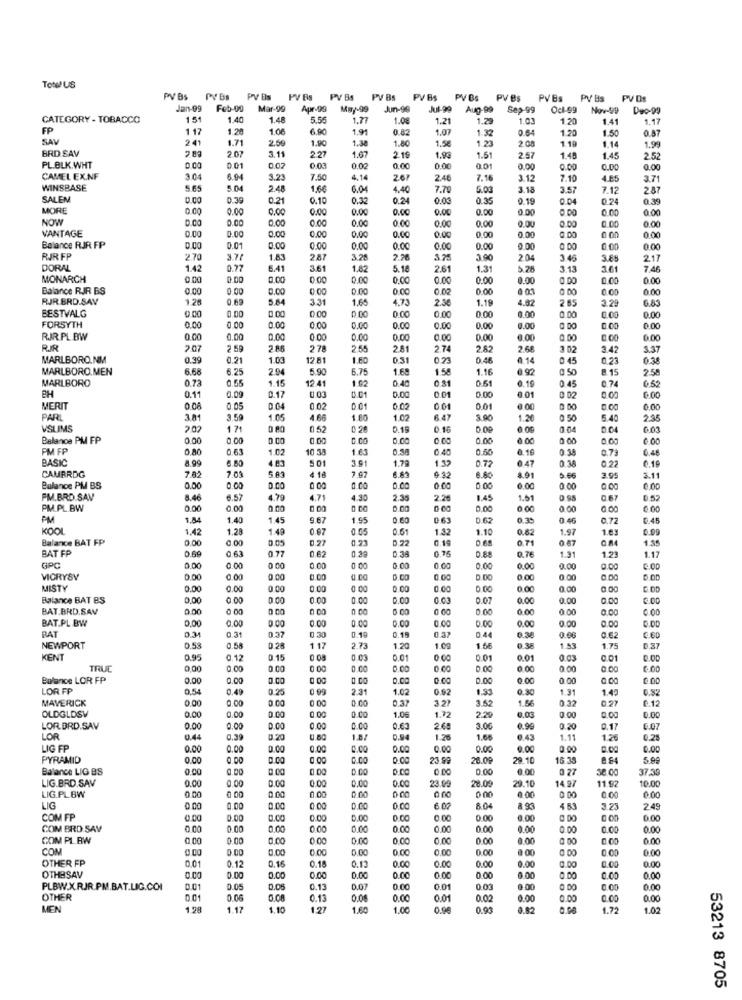
Totel US
PV Bs
PY Bs
PY Bs
PV As
PV Bs
PV Bs
PV Bs
PVBs PV Bs
PV Bs
PV Bs
PVBs
PV Bs
PV Df
Jan-09
Feb-00
Mar-99
Apr-98
May-99
Jun-99
Jul-99
Aug-99
Sep-99
Oct-99
Nov-99
Deo-99
CATEGORY - TOBACCO
151
1.40
1.48
5.56
1.77
1.08
1.21
1.29
1.03
1.20
1.41
1.17
FP
1 17
1.20
1.06
6 90
1.91
0.82
1.07
1.32
0.64
1.20
1.50
0.87
SAV
2.41
1.71
2.50
1.90
1.38
1.80
1.58
1.23
2 08
1.19
BRD SAV
1.14
1.99
280
2.07
3.11
2.27
1.67
216
1.9
1.51
2.57
1.45
1.45
2.52
PL.BLK.WHT
0.00
0 01
0.02
0.03
0.02
0.00
0.00
0.01
0.00
0.00
0.00
0.00
CAMEL EX.NF
3.04
3.23
7.50
4.14
267
2.46
7.16
3.12
7.10
4.85
3.71
WINSBASE
5.65
5.04
2.48
1.66
6.04
4.40
7.70
6.03
3.15
3.57
7.12
287
SALEM
0.39
0.21
0.10
0.32
0.24
0.00
0.35
0.19
0.24
0.39
MORE
0.00
0.00
0,00
0.00
0.00
0.00
0.00
0.00
0.00
0.00
000
NOW
0.00
0.00
0.00
0.00
0.0℃
0.00
0.00
0.00
0.00
0.00
0.0
VANTAGE
0.00
0.00
0.00
0.00
0.00
0.00
0.00
0.00
0.00
0.00
0.00
00
Balance RJR FP
0.00
0.01
0.00
0.00
0.00
0.00
0.00
0.00
0.00
0.00
0.00
RJR FP
2.70
3.77
1.83
2.87
3.28
2.78
3.75
3.90
20
3.46
3.85
217
DORAL
1.42
0.77
6.41
3.61
1.82
5.16
2.61
1.31
5.28
3.13
7.46
MONARCH
0.00
0.00
0.00
0.00
0,00
0.00
0.00
0.00
0.00
Balance RIR BS
0.00
0.00
0.00
0.00
0.02
0.00
0.00
RJR BRD.SAV
1.2
0.69
5.84
3.31
1.65
4.73
2.30
1.19
4.62
2 65
3.29
6.85
BESTVALG
0.00
0.00
0.00
0.00
0.00
0.00
.0.00
0.00
0.00
0.00
0.00
FORSYTH
0.00
0.00
0.00
0.00
0.00
0.00
0.00
0.00
0.00
0.00
0.00
RIR.PL.BW
0.00
0.00
0.00
0.00
0.00
0.00
0.00
9.00
0.00
6.00
RR
2.07
2 59
27ª
2.55
2.81
2.74
2.82
2.68
3 02
3.42
3.37
MARLBORO.NM
0.99
0.21
1.03
12 81
0.31
0.73
0.46
£ 14
0 45
0.23
0.3
MARLBORO.MEN
6.68
6.25
5.90
6.75
1.68
1.58
1.16
6 92
0 50
15
2.58
MARLBORO
0.73
0.55
1.15
12.41
1 92
0.40
0.81
0.51
0.19
0 45
0.74
BH
0.00
0.17
0.03
0.01
0.11
0.01
0.00
0.00
0.01
0 02
0.00
MERIT
0.08
0.05
0 04
0 02
0.02
0.01
0.00
0.00
PAR
381
3.59
1.05
4 66
1.80
1.02
6. 47
3.00
1.20
0 50
5.40
2.35
VSLIMS
202
1 71
0.52
0,20
0.19
0.16
0.00
0.04
Balance PM FP
0.00
0.00
D.CO
D.CO
0.00
0.00
0.00
0.00
PM FP
0.63
1.02
10 38
1.63
0.60
0.10
0.38
0.79
0.48
BASIC
6.50
5.01
3.91
1.79
0 47
0 38
CAMRRDG
7.01
5.83
0.72
0.22
7.82
6.89
6.80
8.91
3.95
5.11
Balance PM BS
0.00
0.00
0.CO
0.00
0.00
6.00
0.00
0.00
FM.BRD.SAV
8.46
6.57
4.79
4.71
4.90
2.35
2*
1.45
1.51
067
0.52
PM.PL.BW
0.00
0.00
0.00
0.CO
0.00
0.00
0 00
0.00
0.00
PM
1.54
1.40
1.45
9.67
1.95
0.60
061
0.62
0.35
0.46
0.72
6.45
KOOL
1.42
1.28
1.49
0.07
0.51
1.32
1.10
0.62
1.97
1.6
Balance BAT FP
0.00
0.00
0.27
D.22
0.14
0.71
1.35
BAT FP
0.63
0.77
0.62
0.75
1.2
1.17
0.69
0.38
0.88
0.76
1.91
GPC
0.00
0.00
0 00
0.00
0.00
6.00
0.00
0.00
0.00
0.00
0.00
VIGRYSV
0.00
0.00
0.00
0.00
D.DO
0.00
0.00
MISTY
0.00
0.00
0.00
0.00
0.00
0.00
0.00
0.00
0.00
0.00
0.00
Balance BAT BS
0.00
0.00
0.00
0.00
0.00
0 Ct
0.07
0.00
0.00
0.00
BAT.BRD.SAV
0.00
0 00
6.00
0.00
0.00
0.00
00
0.00
BAT.PL BW
0.00
0.00
0.00
0.00
0.00
0.00
0.00
0.00
0.00
0.31
0.3
037
0:30
0.00
0.37
BAT
0.19
0.18
0.44
0.38
0.08
0.62
C.60
NEWPORT
0.53
0.58
0 .28
117
2.73
1.20
1.00
1.66
0.38
1.53
1.75
D .37
KENT
0.95
0.12
0.15
0.03
0.01
0.01
0.01
0.03
0.01
0.00
0.00
0 00
a CO
0.00
0.00
0.00
0.00
0.00
0.00
0.00
Bolanos LOR FP
0.00
0.00
0.CO
0.CO
0.00
0.00
0.00
0.00
0.00
0 00
LOR FP
0.54
0.49
0.25
2.31
1.02
0.92
1.93
0.30
1.31
1.42
0.52
MAVERICK
0.00
0.00
0.00
0.00
0.37
3.2)
3.52
0 32
0.27
0.12
OLDGLDSV
0.00
0.00
0.00
1.06
1.5
0.00
1.72
2.29
0.00
0.00
LOR BRD.SAV
0.00
0.00
0.00
0.00
0.00
0.63
2.60
3.00
0.99
0.20
0.17
6.07
LOR
0.44
0.39
U BC
1.8/
1.26
1.66
0.43
1.11
1.25
0.2
LIG FP
0.00
0.00
0.00
0.00
0.00
0.00
0.00
0.00
0.00
0.00
0.00
0.00
PYRAMID
0.00
0.00
0.00
0.00
0.00
0.00
23.99
26.00
29.10
16.35
8.94
Balance LIG BS
0.00
0.00
0.00
0.00
0 27
37.39
LIG.BRD.SAV
0.00
0.00
0.00
0.00
0.00
0.00
28.0
9.10
11.92
10.00
0.00
0.00
0.00
0.00
23.09
14.97
0.00
LIG.PL BW
0.00
0 00
0.00
0.00
0.00
LIG
0.00
0.00
0.00
0.00
0.00
6.07
8.04
453
3.23
2.49
COM FP
0.00
0.00
0.00
0.00
0.00
0.00
0.00
6.00
COM BRD SAV
0.00
0.00
0.00
0.00
0.00
0.00
0.00
0.00
0.00
0.00
0.00
0.00
COM PL BW
0.00
0.00
0.00
0.00
0.00
0.00
0.00
0.00
0.00
COM
0.00
0.00
0.00
0.00
0.00
0.00
0.00
0.00
@ 00
0.00
0.00
OTHER FP
0.01
0.12
0.16
0.00
0.00
0.00
0.00
0.00
0.18
0.12
0.00
OTHESAV
0.00
0.00
0.00
0.00
0.00
0.00
0.00
0.00
PLBW.X.RJR.PM.BAT.LIG.COI
0.05
0.05
0.13
0.00
0.01
0.01
0.00
0.00
OTHER
0.06
0.08
0.13
0.08
0.00
0.01
0.02
0.00
0.00
0.00
MEN
1.28
1.17
1.10
12
1.60
1.00
0.93
0.82
1.72
1.02
53213 8705